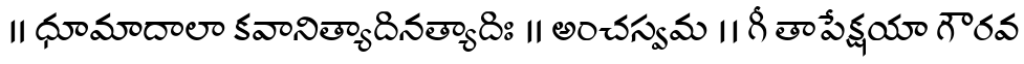
॥ ధూమాదాలా కవానిత్యాదినత్యాదిః ॥ అంచస్వమ ।। గీ తాపేక్షయా గౌరవ